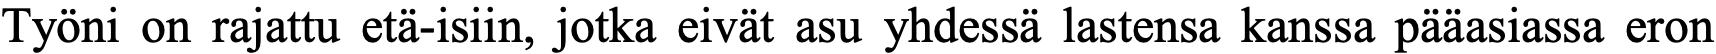
Työni on rajattu etä-isiin, jotka eivät asu yhdessä lastensa kanssa pääasiassa eron